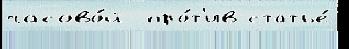
часово́й  про́т'ив статье́